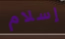
إسلام